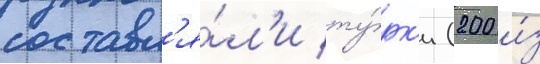
составл'я́л'и ту́рк'и (200 и́з